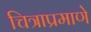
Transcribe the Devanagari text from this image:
चित्राप्रमाणे